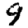
Digit: 9